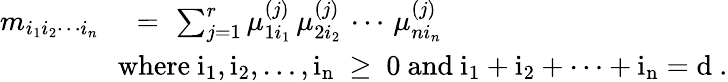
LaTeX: \begin{array}{rl}{m_{i_{1}i_{2}\cdots i_{n}}\, \, }&{=\, \, \sum_{j=1}^{r}\mu_{1i_{1}}^{(j)}\, \mu_{2i_{2}}^{(j)}\, \cdots\, \mu_{ni_{n}}^{(j)}}\\ &{\! \! \! \! \mathrm{where~i_1,i_2,\ldots,i_n~\geq~0~and~i_1+i_2+\cdots+i_n=d~.}}\end{array}